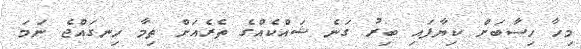
މިހާ ހިސާބަށް ކިޔާފައި ބިރު ގަނެ ޝައްކެއްގެ ތެރެއަށް ތިމާ ހިނގައްޖެ ނަމަ